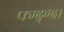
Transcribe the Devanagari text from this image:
फ्म्द्ग्द।